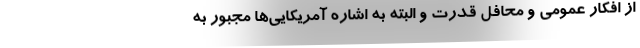
از افکار عمومی و محافل قدرت و البته به اشاره آمریکایی‌ها مجبور به